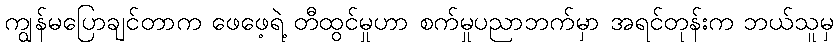
ကျွန်မပြောချင်တာက ဖေဖေ့ရဲ့ တီထွင်မှုဟာ စက်မှုပညာဘက်မှာ အရင်တုန်းက ဘယ်သူမှ